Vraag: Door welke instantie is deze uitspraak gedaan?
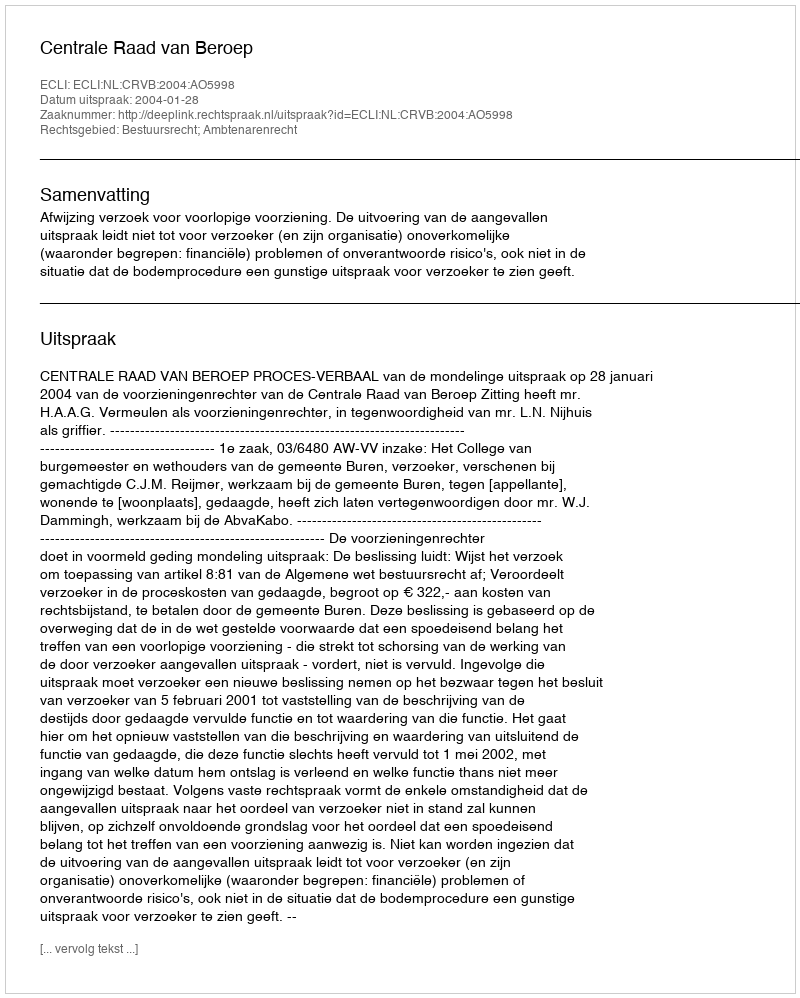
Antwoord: Centrale Raad van Beroep